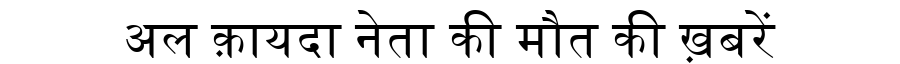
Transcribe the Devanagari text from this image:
अल क़ायदा नेता की मौत की ख़बरें